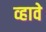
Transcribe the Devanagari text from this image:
व्‍हावे